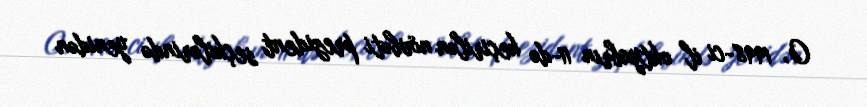
O, 1998-ci il oktyabrın 11-də keçirilən növbəti prezident seçkilərində yenidən